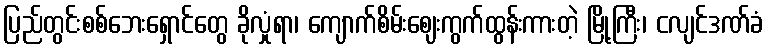
ပြည်တွင်းစစ်ဘေးရှောင်တွေ ခိုလှုံရာ၊ ကျောက်စိမ်းဈေးကွက်ထွန်းကားတဲ့ မြို့ကြီး၊ ငလျင်ဒဏ်ခံ